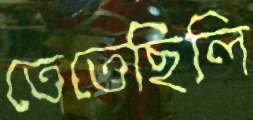
তেতেছিলি